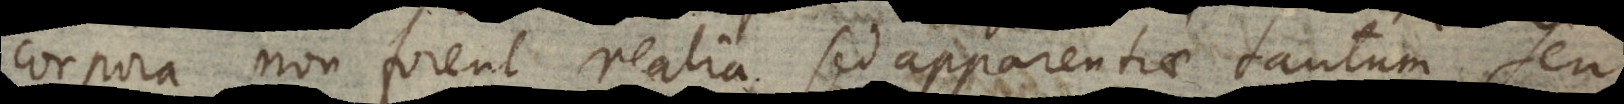
corpora non forent realia, sed apparentiae tantum seu